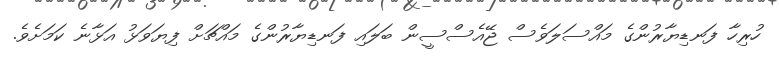
ހުރިހާ ފަނޑިޔާރުންގެ މައްސަލަވެސް ޖޭއެސްސީން ބަލައި ފަނޑިޔާރުންގެ މައްޗަށް ފިޔަވަޅު އަޅާނެ ކަމަށެވެ.